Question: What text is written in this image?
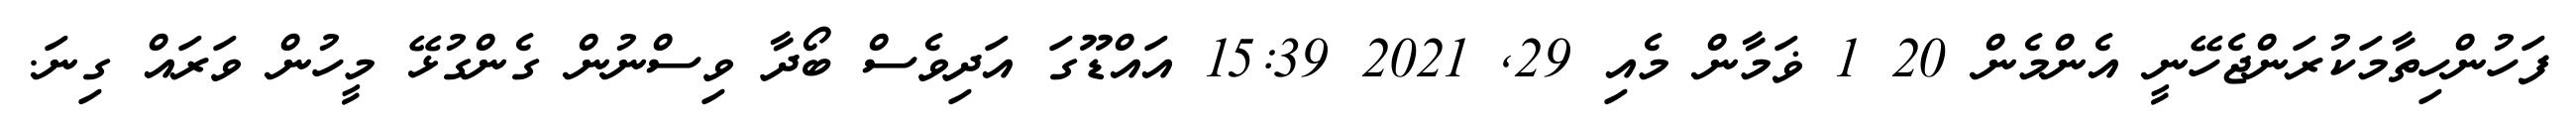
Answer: ފަހުންހިތާމަކުރަންޖެހޭނީ އެންމެން 20 1 ޥަމާން މެއި 29, 2021 15:39 އައްޑޫގަ އަދިވެސް ބޯދާ ވިސްނުން ގެންގުޅޭ މީހުން ވަރައް ގިނަ.